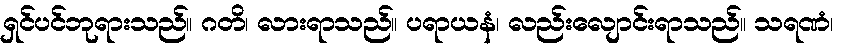
ရှင်ပင်ဘုရားသည်။ ဂတိ၊ လားရာသည်။ ပရာယနံ၊ လည်းလျောင်းရာသည်။ သရဏံ၊